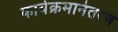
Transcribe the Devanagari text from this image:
कार्यक्रमानंतरच